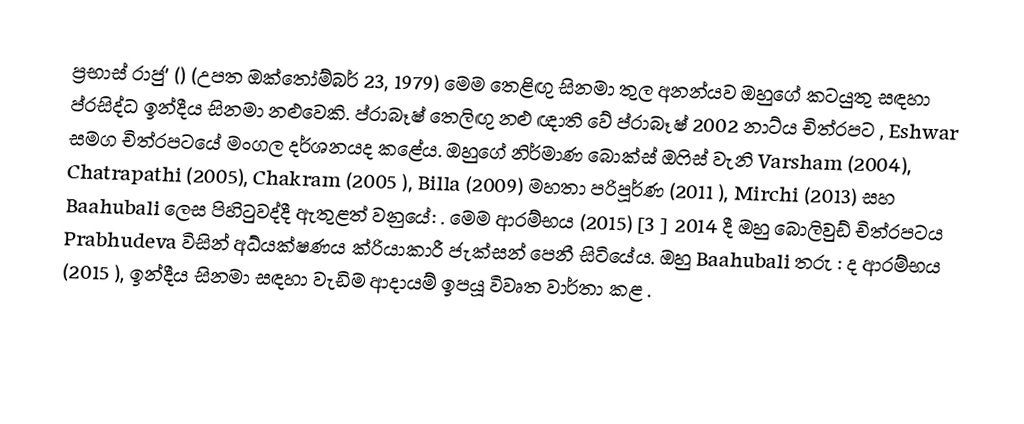
ප්‍රභාස් රාජු' () (උපත ඔක්තෝම්බර් 23, 1979) මෙම තෙළිඟු සිනමා තුල අනන්යව ඔහුගේ කටයුතු සඳහා ප්රසිද්ධ ඉන්දීය සිනමා නළුවෙකි. ප්රාබෑෂ් තෙලිඟු නළු ඥාති වේ ප්රාබෑෂ් 2002 නාට්ය චිත්රපට , Eshwar සමග චිත්රපටයේ මංගල දර්ශනයද කළේය. ඔහුගේ නිර්මාණ බොක්ස් ඔෆිස් වැනි Varsham (2004), Chatrapathi (2005), Chakram (2005 ), Billa (2009) මහතා පරිපූර්ණ (2011 ), Mirchi (2013) සහ Baahubali ලෙස පිහිටුවද්දී ඇතුළත් වනුයේ: . මෙම ආරම්භය (2015) [3 ] 2014 දී ඔහු බොලිවුඩ් චිත්රපටය Prabhudeva විසින් අධ්යක්ෂණය ක්රියාකාරී ජැක්සන් පෙනී සිටියේය. ඔහු Baahubali තරු : ද ආරම්භය (2015 ), ඉන්දීය සිනමා සඳහා වැඩිම ආදායම් ඉපයූ විවෘත වාර්තා කළ .